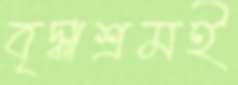
বৃদ্ধাশ্রমই